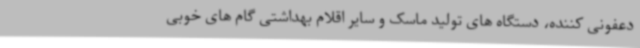
دعفونی کننده، دستگاه های تولید ماسک و سایر اقلام بهداشتی گام های خوبی